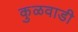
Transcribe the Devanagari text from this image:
कुळवाडी